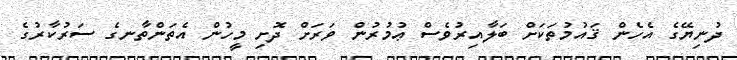
ދުނިޔޭގެ އެހެން ޤައުމުތަކަށް ބަލާއިރުވެސް ޢުމުރުން ވަރަށް ދޮށި މީހުން އެތަންތާނގެ ސަރުކާރުގެ